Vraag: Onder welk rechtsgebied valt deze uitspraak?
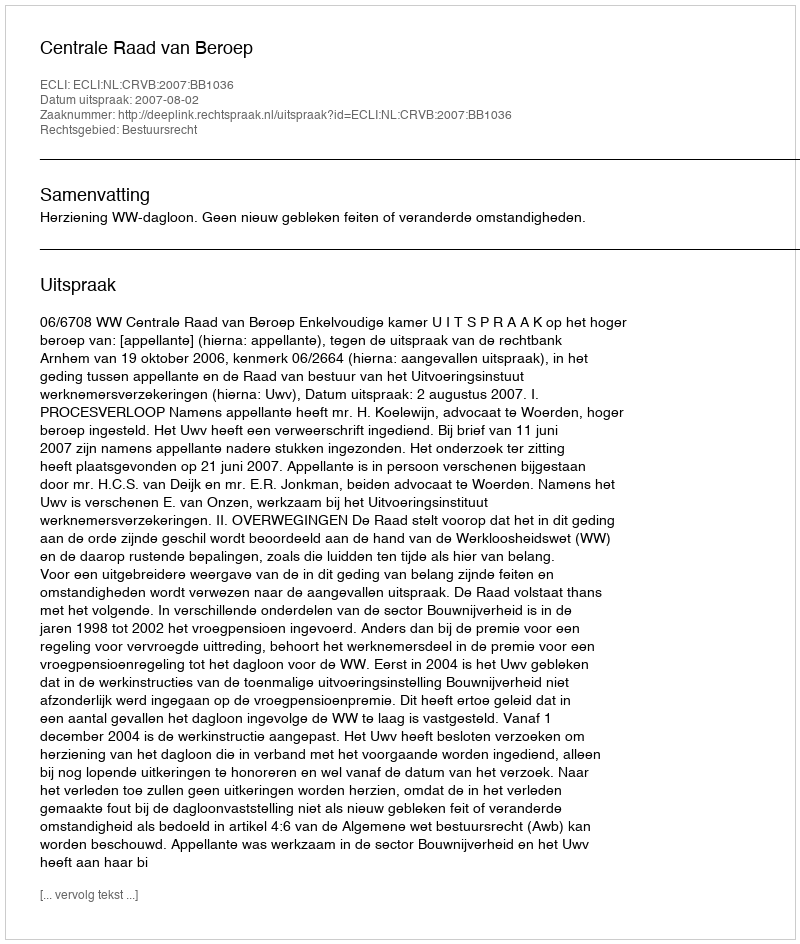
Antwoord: Bestuursrecht